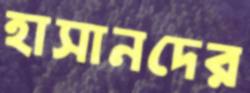
হাসানদের